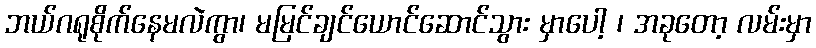
ဘယ်ဂရုစိုက်နေမလဲကွာ၊ မမြင်ချင်ယောင်ဆောင်သွား မှာပေါ့ ၊ အခုတော့ လမ်းမှာ